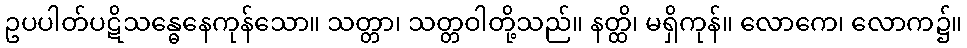
ဥပပါတ်ပဋိသန္ဓေနေကုန်သော။ သတ္တာ၊ သတ္တဝါတို့သည်။ နတ္ထိ၊ မရှိကုန်။ လောကေ၊ လောက၌။